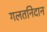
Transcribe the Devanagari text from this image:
गलतनिदान